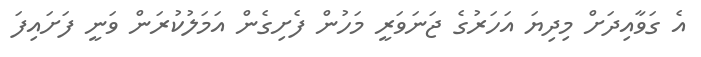
އެ ގަވާއިދަށް މިދިޔަ އަހަރުގެ ޖަނަވަރީ މަހުން ފެށިގެން އަމަލުކުރަން ވަނީ ފަށައިފަ